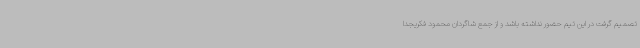
تصمیم گرفت در این تیم حضور نداشته باشد و از جمع شاگردان محمود فکریجدا